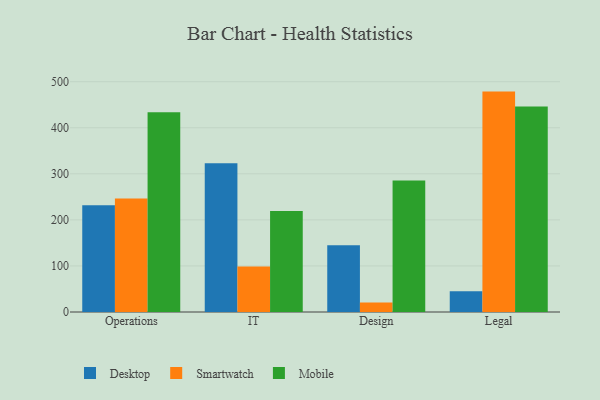
{"axis": {"x": "Department", "y": "Temperature (°C)"}, "legend": ["Desktop", "Mobile", "Smartwatch"], "data": [{"x": "Operations", "y": 231.5, "type": "Desktop"}, {"x": "Operations", "y": 246.5, "type": "Smartwatch"}, {"x": "Operations", "y": 433.9, "type": "Mobile"}, {"x": "IT", "y": 323.0, "type": "Desktop"}, {"x": "IT", "y": 98.8, "type": "Smartwatch"}, {"x": "IT", "y": 219.5, "type": "Mobile"}, {"x": "Design", "y": 144.7, "type": "Desktop"}, {"x": "Design", "y": 20.4, "type": "Smartwatch"}, {"x": "Design", "y": 285.5, "type": "Mobile"}, {"x": "Legal", "y": 45.0, "type": "Desktop"}, {"x": "Legal", "y": 478.5, "type": "Smartwatch"}, {"x": "Legal", "y": 446.0, "type": "Mobile"}]}